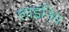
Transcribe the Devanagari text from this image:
लाइंनिग